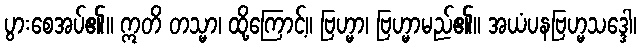
ပွားစေအပ်၏။ ဣတိ တသ္မာ၊ ထို့ကြောင့်။ ဗြဟ္မာ၊ ဗြဟ္မာမည်၏။ အယံပနဗြဟ္မသဒ္ဒေါ၊